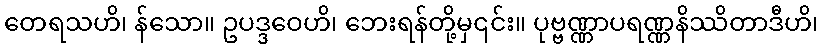
တေရသဟိ၊ န်သော။ ဥပဒ္ဒဝေဟိ၊ ဘေးရန်တို့မှ၎င်း။ ပုဗ္ဗဏ္ဏာပရဏ္ဏနိဿိတာဒီဟိ၊